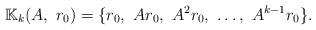
LaTeX: \begin{align*}\mathbb{K}_{k}(A,\ r_{0})=\{r_{0}, \ Ar_{0},\ A^{2}r_{0},\ \ldots,\ A^{k-1}r_{0} \}.\end{align*}